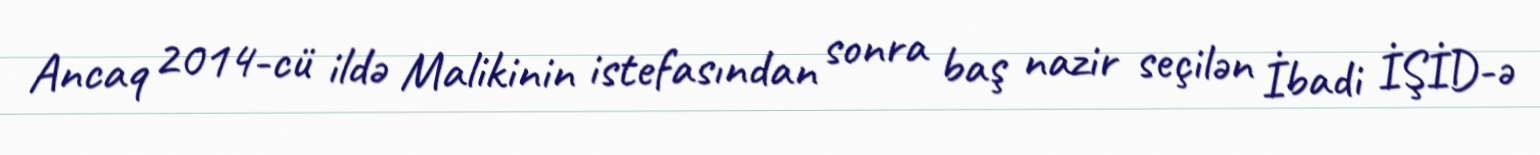
Ancaq 2014-cü ildə Malikinin istefasından sonra baş nazir seçilən İbadi İŞİD-ə